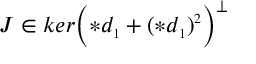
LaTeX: J \in k e r \Bigl ( \ast d _ { \scriptscriptstyle 1 } + ( \ast d _ { \scriptscriptstyle 1 } ) ^ { \scriptscriptstyle 2 } \Bigr ) ^ { \perp }